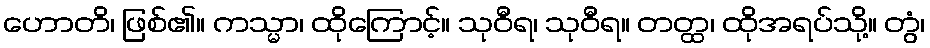
ဟောတိ၊ ဖြစ်၏။ ကသ္မာ၊ ထိုကြောင့်။ သုဝီရ၊ သုဝီရ။ တတ္ထ၊ ထိုအရပ်သို့။ တွံ၊